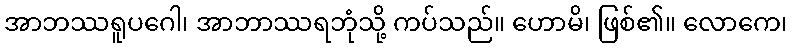
အာဘဿရူပဂေါ၊ အာဘာဿရဘုံသို့ ကပ်သည်။ ဟောမိ၊ ဖြစ်၏။ လောကေ၊